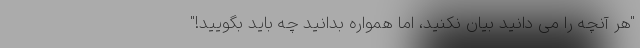
"هر آنچه را می دانید بیان نکنید، اما همواره بدانید چه باید بگویید!"